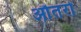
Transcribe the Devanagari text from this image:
औतरो